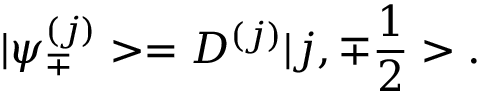
| { \psi } _ { \mp } ^ { ( j ) } > = D ^ { ( j ) } | j , { \mp } \frac { 1 } { 2 } > .